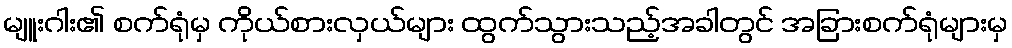
မျူးဂါး၏ စက်ရုံမှ ကိုယ်စားလှယ်များ ထွက်သွားသည့်အခါတွင် အခြားစက်ရုံများမှ